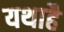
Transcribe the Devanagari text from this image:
यथाहै